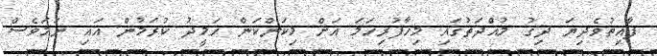
ފާއިތުވެދިޔަ ދިގު މުއްދަތުގައި މިހާފުރިހަމަ އަށް މިކަންކަން ހަމީދު ކުރަމުން އައި ނަމަވެސް